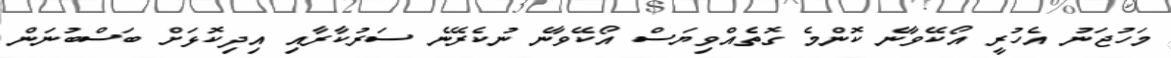
މަހުޖަނު އެހުރީ އޯކޭވާނެ ކޮންމެ ގޮތެއްވިޔަސް އޯކޭވާނެ ނުކެރޭނެ ސަރުކާރާއި އިދިކޮޅަށް ބަސްބުނަން